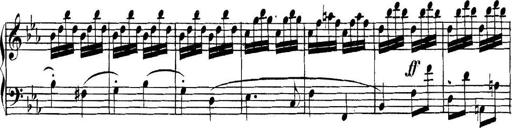
Title: Collected Piano Sonatas
Composer: Muzio Clementi